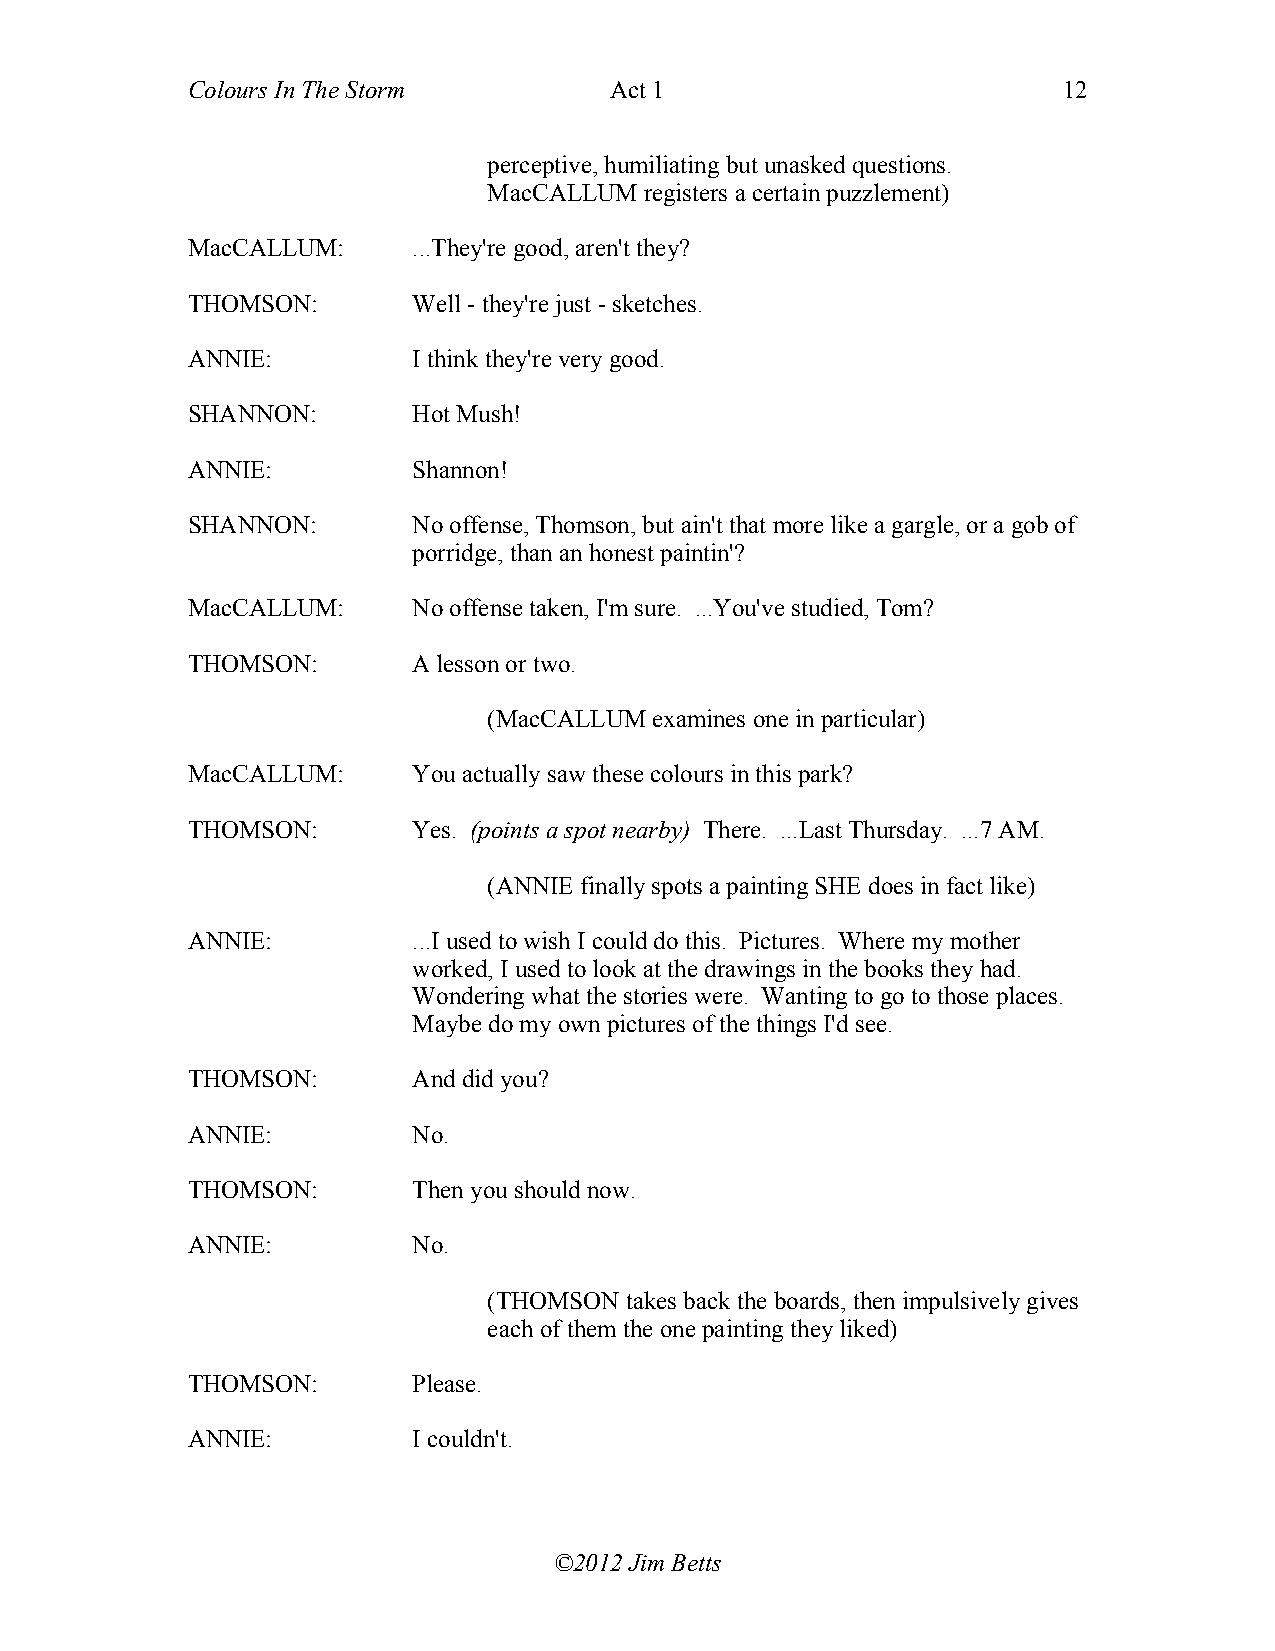
Colours In The Storm        Act 1                         12
 perceptive, humiliating but unasked questions.
 MacCALLUM  registers a certain puzzlement)
 MacCALLUM:     ...They're good, aren't they?
 THOMSON:       Well - they're just - sketches.
 ANNIE:         I think they're very good.
 SHANNON:       Hot Mush!
 ANNIE:         Shannon!
 SHANNON:       No offense, Thomson, but ain't that more like a gargle, or a gob of
 porridge, than an honest paintin'?
 MacCALLUM:     No offense taken, I'm sure. ...You've studied, Tom?
 THOMSON:       A lesson or two.
 (MacCALLUM examines one in particular)
 MacCALLUM:     You actually saw these colours in this park?
 THOMSON:       Yes. (points a spot nearby) There. ...Last Thursday. ...7 AM.
 (ANNIE finally spots a painting SHE does in fact like)
 ANNIE:         ...I used to wish I could do this. Pictures. Where my mother
 worked, I used to look at the drawings in the books they had.
 Wondering what the stories were. Wanting to go to those places.
 Maybe do my own pictures of the things I'd see.
 THOMSON:       And did you?
 ANNIE:         No.
 THOMSON:       Then you should now.
 ANNIE:         No.
 (THOMSON takes back the boards, then impulsively gives
 each of them the one painting they liked)
 THOMSON:       Please.
 ANNIE:         I couldn't.
 ©2012 Jim Betts